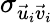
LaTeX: \sigma_{\vec{u}_{i}\vec{v}_{i}}